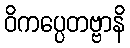
ဝိကပ္ပေတဗ္ဗာနိ